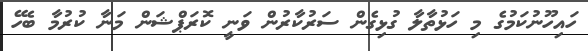
ހައިހޫނުކަމުގެ މި ހަޅުތާލާ ގުޅިގެން ސަރުކާރުން ވަނީ ކޮރަޕްޝަން މަނާ ކުރުމާ ބެހޭ